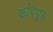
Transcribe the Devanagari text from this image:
कोथयुक्त